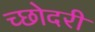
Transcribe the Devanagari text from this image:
च्छोदरी